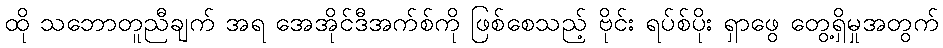
ထို သဘောတူညီချက် အရ အေအိုင်ဒီအက်စ်ကို ဖြစ်စေသည့် ဗိုင်း ရပ်စ်ပိုး ရှာဖွေ တွေ့ရှိမှုအတွက်